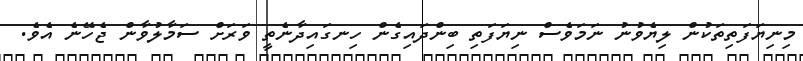
މިނިޔަފަތިތަކުން ލިޔެވުނު ނަމަވެސް ނިޔަފަތި ބިންދައިގެން ހިނގައިދާނެތީ ވަރަށް ސަމާލުވާން ޖެހޭނެ އެވެ.